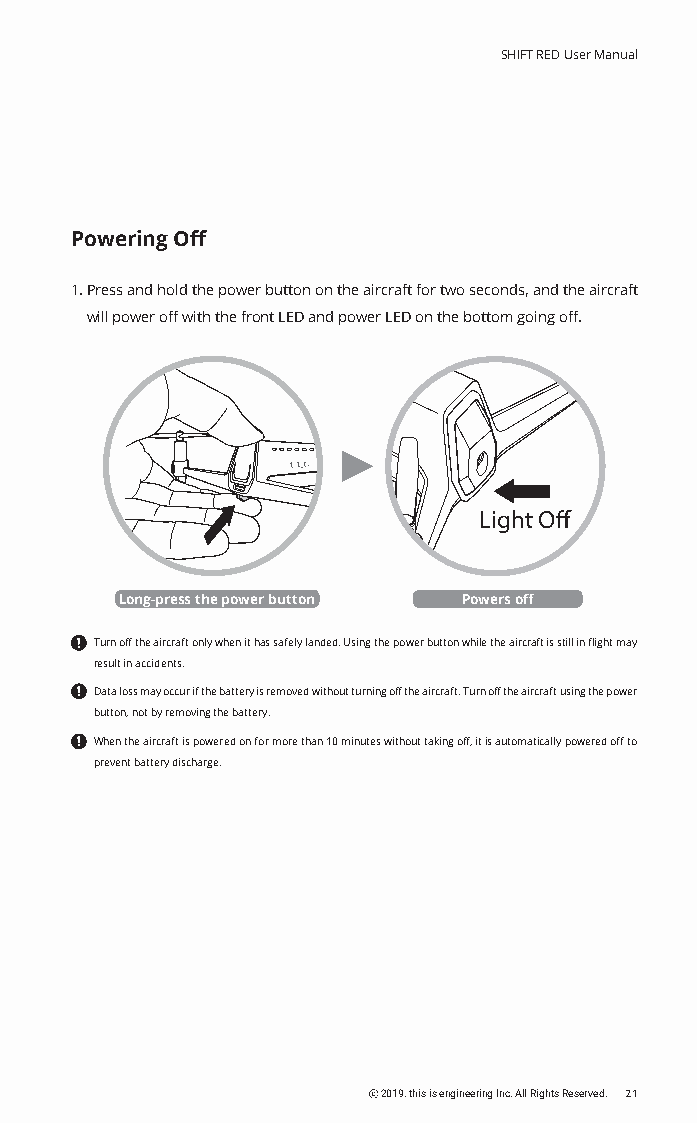
SHIFT RED User Manual
 Powering Off
 1. Press and hold the power button on the aircraft for two seconds, and the aircraft
 will power off with the front LED and power LED on the bottom going off.
 Light Off
 Long-press the power button Powers off
 Turn off the aircraft only when it has safely landed. Using the power button while the aircraft is still in flight may
 result in accidents.
 Data loss may occur if the battery is removed without turning off the aircraft. Turn off the aircraft using the power
 button, not by removing the battery.
 When the aircraft is powered on for more than 10 minutes without taking off, it is automatically powered off to
 prevent battery discharge.
 ⓒ 2019. this is engineering Inc. All Rights Reserved. 21